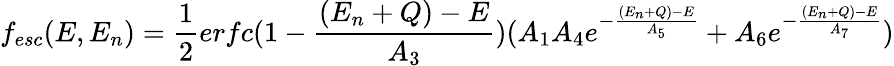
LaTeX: f_{esc}(E,E_{n})=\frac{1}{2}erfc(1-\frac{(E_{n}+Q)-E}{A_{3}})(A_{1}A_{4}e^{-\frac{(E_{n}+Q)-E}{A_{5}}}+A_{6}e^{-\frac{(E_{n}+Q)-E}{A_{7}}})